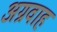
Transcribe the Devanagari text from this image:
अग्रवाह